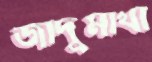
জাদুমাখা